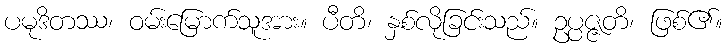
ပမုဒိတဿ၊ ဝမ်းမြောက်သူအား။ ပီတိ၊ နှစ်လိုခြင်းသည်။ ဥပ္ပဇ္ဇတိ၊ ဖြစ်၏။